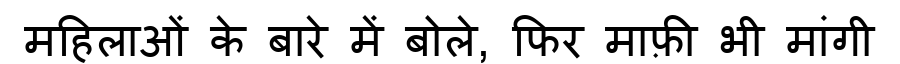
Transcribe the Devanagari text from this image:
महिलाओं के बारे में बोले, फिर माफ़ी भी मांगी